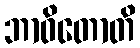
ဘာဝိတောတိ